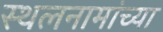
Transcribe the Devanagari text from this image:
स्थलनामांच्या